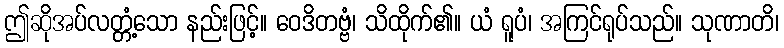
ဤဆိုအပ်လတ္တံ့သော နည်းဖြင့်။ ဝေဒိတဗ္ဗံ၊ သိထိုက်၏။ ယံ ရူပံ၊ အကြင်ရုပ်သည်။ သုဏာတိ၊